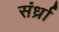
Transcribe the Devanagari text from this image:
संर्ध्रा